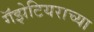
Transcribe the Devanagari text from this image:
गॅझेटियराच्या